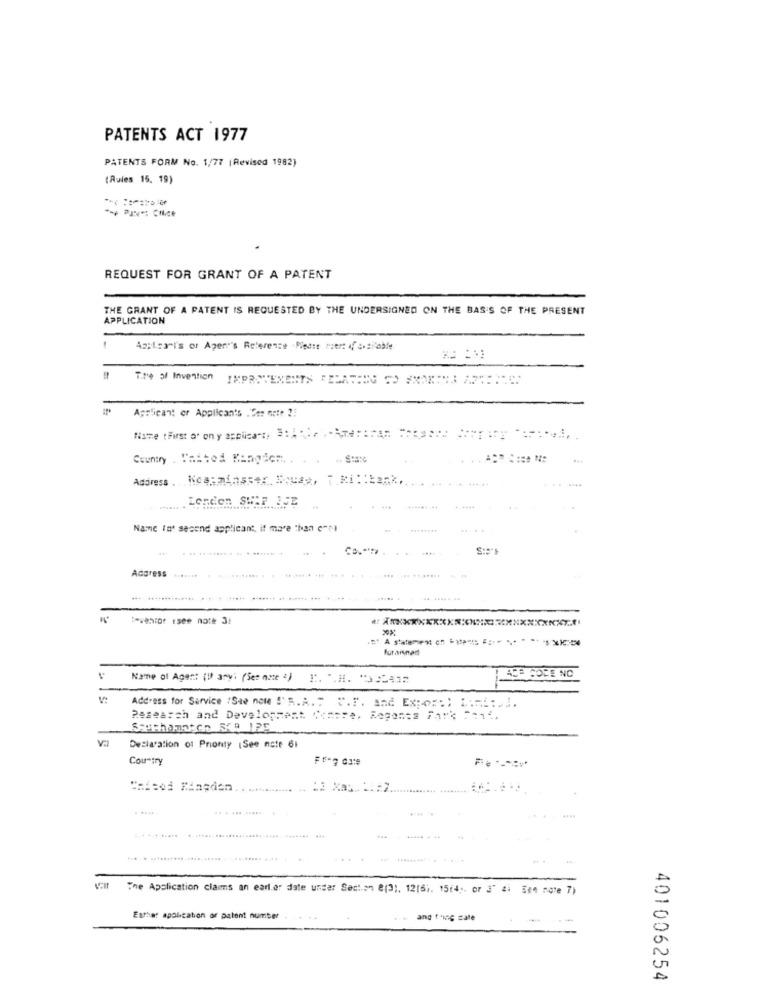
PATENTS ACT 1977
PATENTS FORM No. 1/77 (Revised 1982)
(Rules 15. 19)
REQUEST FOR GRANT OF A PATENT
THE GRANT OF A PATENT IS REQUESTED BY THE UNDERSIGNED ON THE BASIS OF THE PRESENT
APPLICATION
Azcleart's or Apen's Reference Please mert of coaltable
Tre of Invention
Applicant er Applican's .Ces arte ?!
.....-
Name In' second applicant, if more than cool
Address
........
furainad
ACA ROCE NO
Name of Agent (1) ary: (See more ) [. . H. 322417
Address for Service (Sae nom S'R.A. : P.F. and ExpoF:) Linii ...
Research and Development. Comose, Regonsa Fark == 1
Declaration of Prionty (See note 61
Country
..... ... ......
...
The Application claims an earl.er date under Section e(3), 12(6). 15(4 ;, or 3" di See note 7)
Earlier application of patent number
and fring cate
401006254